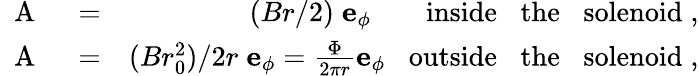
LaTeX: \begin{array}{rlr}{\mathrm{~\mathbf~A~}}&{{}=}&{(Br/2)\; {\mathbf e}_{\phi}\; \; \; \; \; \; \; \mathrm{inside\; \; \; the\; \; \; solenoid}\; ,}\\ {\mathrm{~\mathbf~A~}}&{{}=}&{(Br_{0}^{2})/2r\; {\mathbf e}_{\phi}=\frac{\Phi}{2\pi r}{\mathbf e}_{\phi}\; \; \; \mathrm{outside\; \; \; the\; \; \; solenoid}\; ,}\end{array}